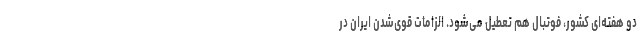
دو هفته‌ای کشور، فوتبال هم تعطیل می‌شود. الزامات قوی‌شدن ایران در